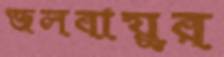
জলবায়ুর